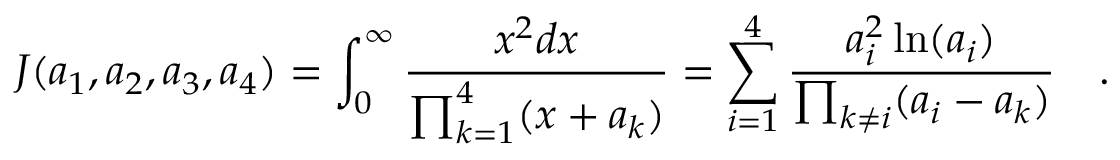
J ( a _ { 1 } , a _ { 2 } , a _ { 3 } , a _ { 4 } ) = \int _ { 0 } ^ { \infty } { \frac { x ^ { 2 } d x } { \prod _ { k = 1 } ^ { 4 } ( x + a _ { k } ) } } = \sum _ { i = 1 } ^ { 4 } { \frac { a _ { i } ^ { 2 } \ln ( a _ { i } ) } { \prod _ { k \ne i } ( a _ { i } - a _ { k } ) } } \quad .